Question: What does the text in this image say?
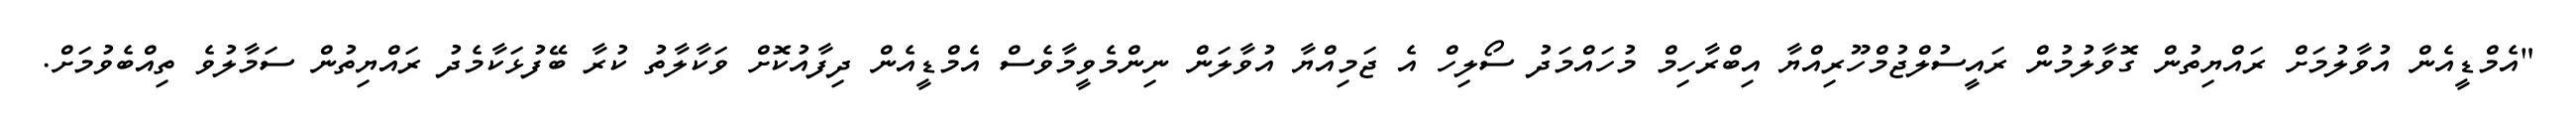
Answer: "އެމްޑީއެން އުވާލުމަށް ރައްޔިތުން ގޮވާލުމުން ރައީސުލްޖުމްހޫރިއްޔާ އިބްރާހިމް މުހައްމަދު ސޯލިހް އެ ޖަމިއްޔާ އުވާލަން ނިންމެވީމާވެސް އެމްޑީއެން ދިފާއުކޮށް ވަކާލާތު ކުރާ ބޭފުޅަކާމެދު ރައްޔިތުން ސަމާލުވެ ތިއްބެވުމަށް.